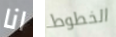
انا الخطوط